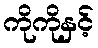
ကိုကိုနှင့်